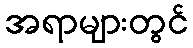
အရာများတွင်